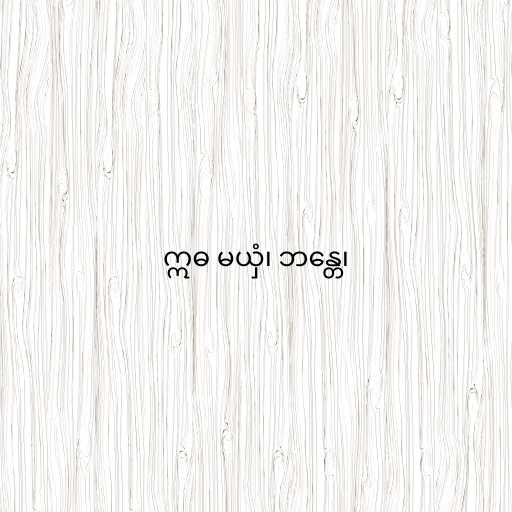
ဣဓ မယှံ၊ ဘန္တေ၊